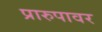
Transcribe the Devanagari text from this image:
प्रारुपावर